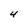
Character: 4